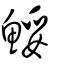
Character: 鮾